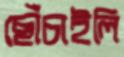
ছোঁচাইলি